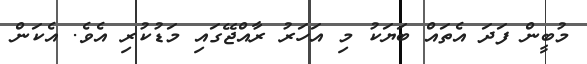
މުބީން ފަދަ އެތައް ބަޔަކު މި އަހަރު ރާއްޖޭގައި މަޑުކުރި އެވެ. އެކަން